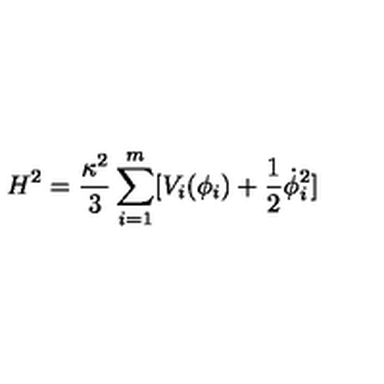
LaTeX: H ^ { 2 } = \frac { \kappa ^ { 2 } } { 3 } \sum _ { i = 1 } ^ { m } [ V _ { i } ( \phi _ { i } ) + \frac { 1 } { 2 } \dot { \phi } _ { i } ^ { 2 } ]